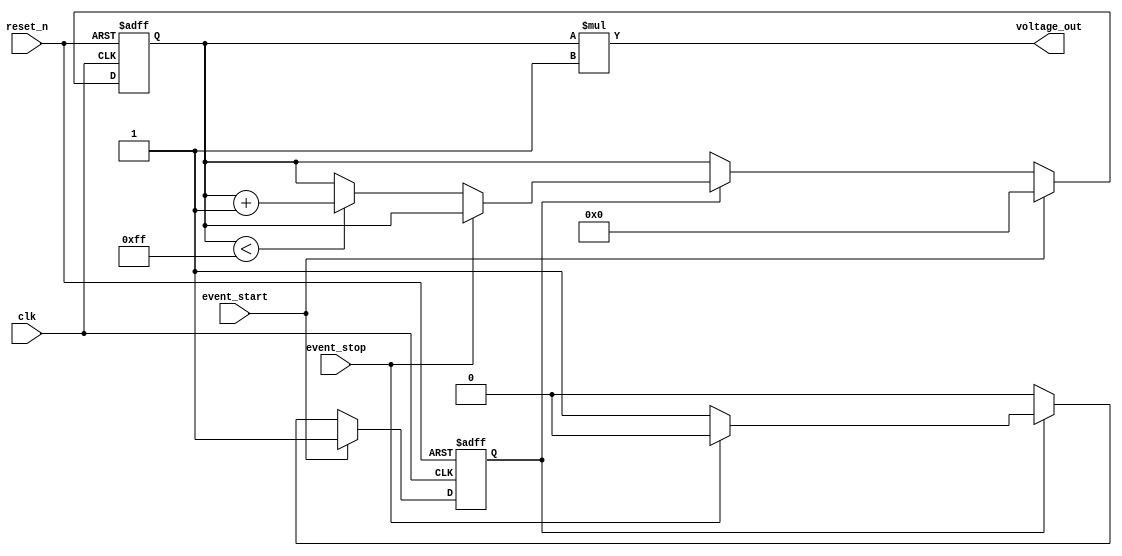
module tdc(
    input wire clk,                  // System clock
    input wire reset_n,              // Active low reset
    input wire event_start,          // Start event signal
    input wire event_stop,           // Stop event signal
    output wire [7:0] voltage_out    // Output voltage (for simulation purposes, represent as an 8-bit value)
);

// Parameters
parameter COUNTER_MAX = 255; // Maximum count value (for an 8-bit counter)
parameter k = 1;              // Scaling factor (can be adjusted for actual application)

// State Declaration
reg [7:0] time_count;          // Time counter (8-bit)
reg counting;                  // Flag indicating if counting is active

// Event Detector & Time Counter
always @(posedge clk or negedge reset_n) begin
    if (!reset_n) begin
        time_count <= 8'b0;     // Reset counter
        counting <= 1'b0;       // Stop counting
    end else begin
        if (event_start) begin
            counting <= 1'b1;   // Start counting on the start event
            time_count <= 8'b0; // Clear counter
        end else if (counting) begin
            if (event_stop) begin
                counting <= 1'b0; // Stop counting on the stop event
            end else if (time_count < COUNTER_MAX) begin
                time_count <= time_count + 1'b1; // Increment counter
            end
        end
    end
end

// Time-to-Voltage Conversion
// Voltage is simulated as a digital representation based on counted time
// For simplicity, multiply the time count by scaling factor k
assign voltage_out = time_count * k;

endmodule